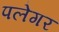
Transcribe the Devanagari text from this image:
पलेगर